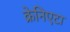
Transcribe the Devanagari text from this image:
क्रेनिएटा